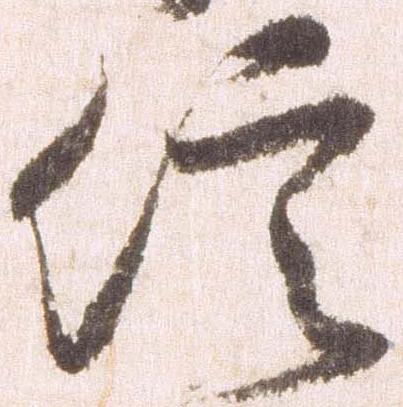
信